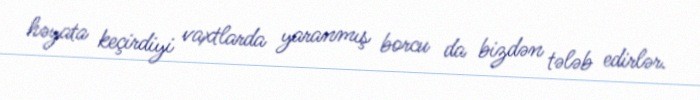
həyata keçirdiyi vaxtlarda yaranmış borcu da bizdən tələb edirlər.